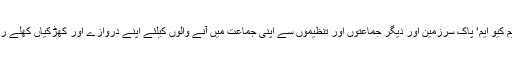
صرف یہی نہیں انہوں نے ایم کیو ایم‘ پاک سرزمین اور دیگر جماعتوں اور تنظیموں سے اپنی جماعت میں آنے والوں کیلئے اپنے دروازے اور کھڑکیاں کھلے رکھنے کا بھی اعلان کیا ہے۔